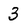
Character: 3